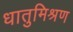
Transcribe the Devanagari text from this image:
धातुमिश्रण